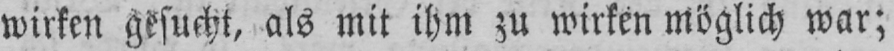
wirken gesucht, als mit ihm zu wirken möglich war;